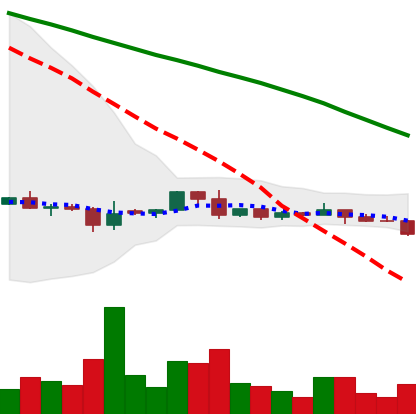
Ticker: DOGE-USD
Chart end date: 2022-06-10
Forward return: -16.505%
Label: down_7plus